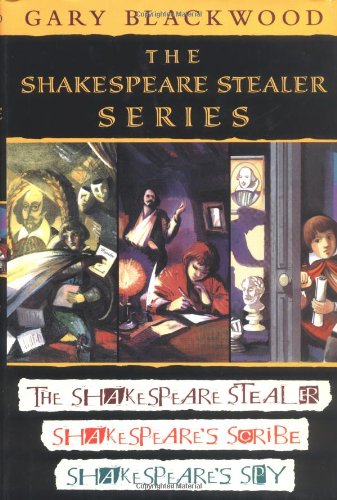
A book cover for The Shakespeare Stealer Series: The Shakespeare Stealer / Shakespeare's Scribe / Shakespeare's Spy; Gary Blackwood; Children's Books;